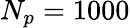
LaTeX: N_{p}=1000